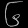
Digit: ၆